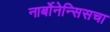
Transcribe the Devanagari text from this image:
नार्बोनेन्सिसचा